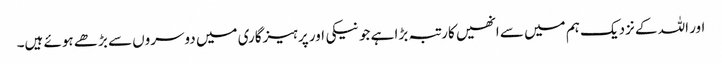
اور اللہ کے نزدیک ہم میں سے انھیں کارتبہ بڑا ہے جو نیکی اور پرہیزگاری میں دوسروں سے بڑھے ہوئے ہیں۔